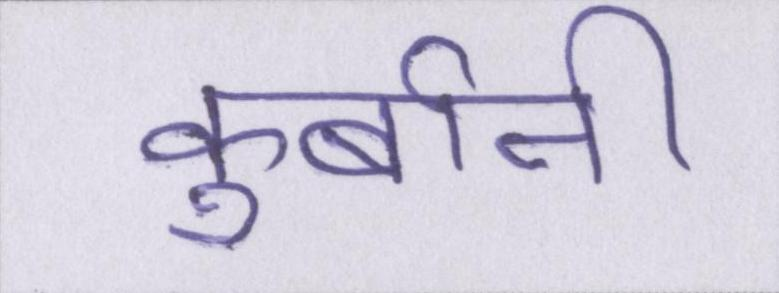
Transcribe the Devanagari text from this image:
कुर्बानी